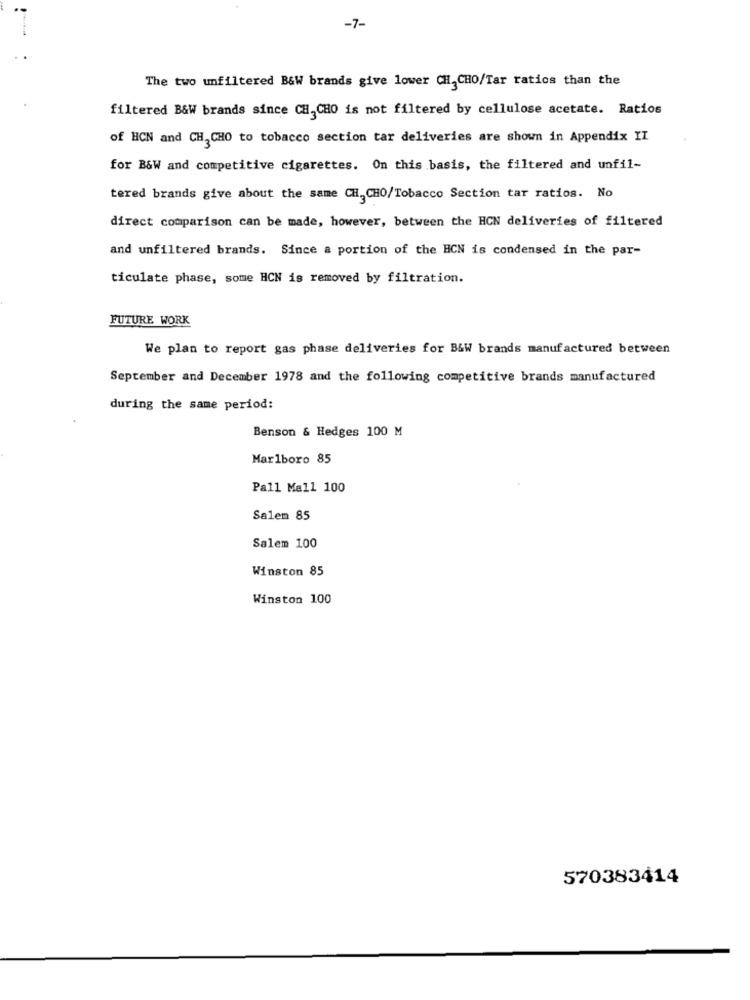
-7-
The two unfiltered B&W brands give lower CH,CHO/Tar ratios than the
filtered B&W brands since CH,CHO is not filtered by cellulose acetate. Ratios
of HCN and CH, CHO to tobacco section tar deliveries are shown in Appendix II
for B&W and competitive cigarettes. On this basis, the filtered and unfil-
tered brands give about the same CH, CHO/Tobacco Section tar ratios. No
direct comparison can be made, however, between the HCN deliveries of filtered
and unfiltered brands. Since a portion of the HCN is condensed in the par-
ticulate phase, some HCN is removed by filtration.
FUTURE WORK
We plan to report gas phase deliveries for B&W brands manufactured between
September and December 1978 and the following competitive brands manufactured
during the same period:
Benson & Hedges 100 M
Marlboro 85
Pall Mall 100
Salen 85
Salem 100
Winston 85
Winston 100
570383414